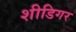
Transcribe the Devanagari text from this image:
शीडिगर